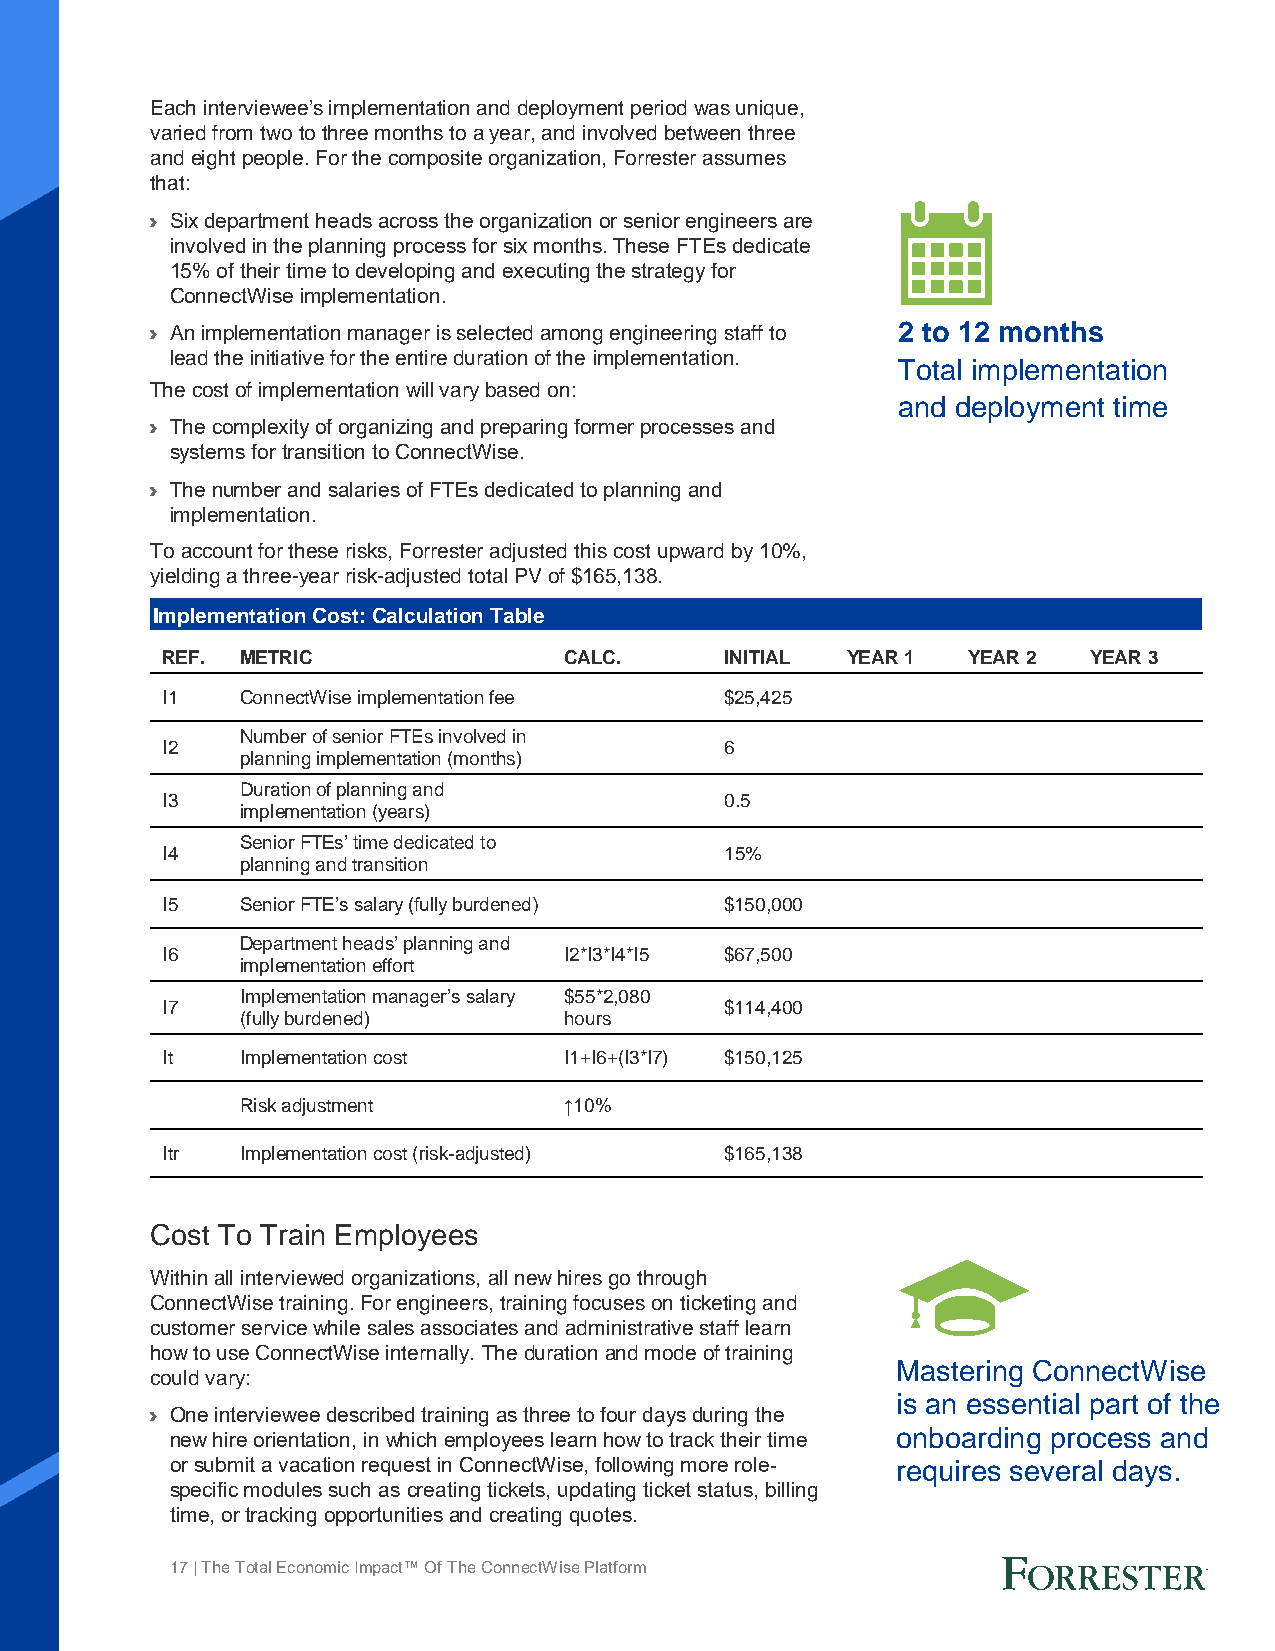
Each interviewee’s implementation and deployment period was unique,
 varied from two to three months to a year, and involved between three
 and eight people. For the composite organization, Forrester assumes
 that:
 › Six department heads across the organization or senior engineers are
 involved in the planning process for six months. These FTEs dedicate
 15% of their time to developing and executing the strategy for
 ConnectWise implementation.
 › An implementation manager is selected among engineering staff to 2 to 12 months
 lead the initiative for the entire duration of the implementation.
 Total implementation
 The cost of implementation will vary based on:
 and deployment time
 › The complexity of organizing and preparing former processes and
 systems for transition to ConnectWise.
 › The number and salaries of FTEs dedicated to planning and
 implementation.
 To account for these risks, Forrester adjusted this cost upward by 10%,
 yielding a three-year risk-adjusted total PV of $165,138.
 Implementation Cost: Calculation Table
 REF. METRIC               CALC.      INITIAL YEAR 1  YEAR 2  YEAR 3
 I1   ConnectWise implementation fee  $25,425
 Number of senior FTEs involved in
 I2                                   6
 planning implementation (months)
 Duration of planning and
 I3                                   0.5
 implementation (years)
 Senior FTEs’ time dedicated to
 I4                                   15%
 planning and transition
 I5   Senior FTE’s salary (fully burdened) $150,000
 Department heads’ planning and
 I6                        I2*I3*I4*I5 $67,500
 implementation effort
 Implementation manager’s salary $55*2,080
 I7                                   $114,400
 (fully burdened)     hours
 It   Implementation cost  I1+I6+(I3*I7) $150,125
 Risk adjustment      ↑10%
 Itr  Implementation cost (risk-adjusted) $165,138
 Cost To Train Employees
 Within all interviewed organizations, all new hires go through
 ConnectWise training. For engineers, training focuses on ticketing and
 customer service while sales associates and administrative staff learn
 how to use ConnectWise internally. The duration and mode of training
 Mastering ConnectWise
 could vary:
 is an essential part of the
 › One interviewee described training as three to four days during the
 new hire orientation, in which employees learn how to track their time onboarding process and
 or submit a vacation request in ConnectWise, following more role- requires several days.
 specific modules such as creating tickets, updating ticket status, billing
 time, or tracking opportunities and creating quotes.
 17 | The Total Economic Impact™ Of The ConnectWise Platform